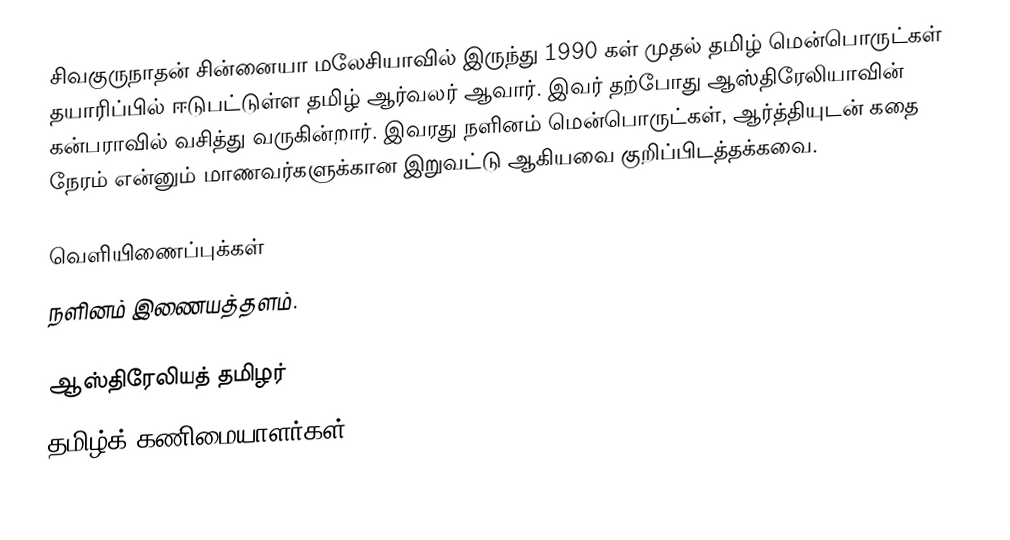
சிவகுருநாதன் சின்னையா மலேசியாவில் இருந்து 1990 கள் முதல் தமிழ் மென்பொருட்கள் தயாரிப்பில் ஈடுபட்டுள்ள தமிழ் ஆர்வலர் ஆவார். இவர் தற்போது ஆஸ்திரேலியாவின் கன்பராவில் வசித்து வருகின்றார். இவரது நளினம் மென்பொருட்கள், ஆர்த்தியுடன் கதை நேரம் என்னும் மாணவர்களுக்கான இறுவட்டு ஆகியவை குறிப்பிடத்தக்கவை.

வெளியிணைப்புக்கள்
நளினம் இணையத்தளம்.

ஆஸ்திரேலியத் தமிழர்
தமிழ்க் கணிமையாளர்கள்